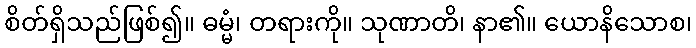
စိတ်ရှိသည်ဖြစ်၍။ ဓမ္မံ၊ တရားကို။ သုဏာတိ၊ နာ၏။ ယောနိသောစ၊